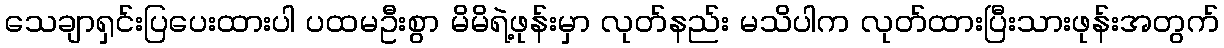
သေချာရှင်းပြပေးထားပါ ပထမဦးစွာ မိမိရဲ့ဖုန်းမှာ လုတ်နည်း မသိပါက လုတ်ထားပြီးသားဖုန်းအတွက်